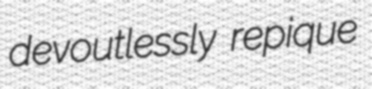
devoutlessly repique